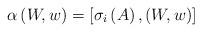
LaTeX: \begin{align*}\alpha\left(W,w\right)= \left[\sigma_i\left(A\right),\left(W,w\right)\right]\end{align*}